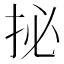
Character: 㧙